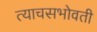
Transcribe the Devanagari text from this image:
त्याचसभोवती